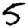
Digit: 5